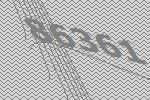
86361